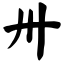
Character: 卅